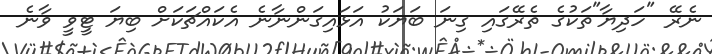
ނެރޭ "ހަދިޔާ"ތަކުގެ ތެރޭގައި ގިނަ ބަޔަކު އަޅައިގަންނާނެ އެކައްޗަކަށް ބިޔަ ޓީވީ ވާނެ